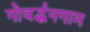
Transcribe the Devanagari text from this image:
गोवर्द्धनगाम